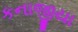
કનાજીયા